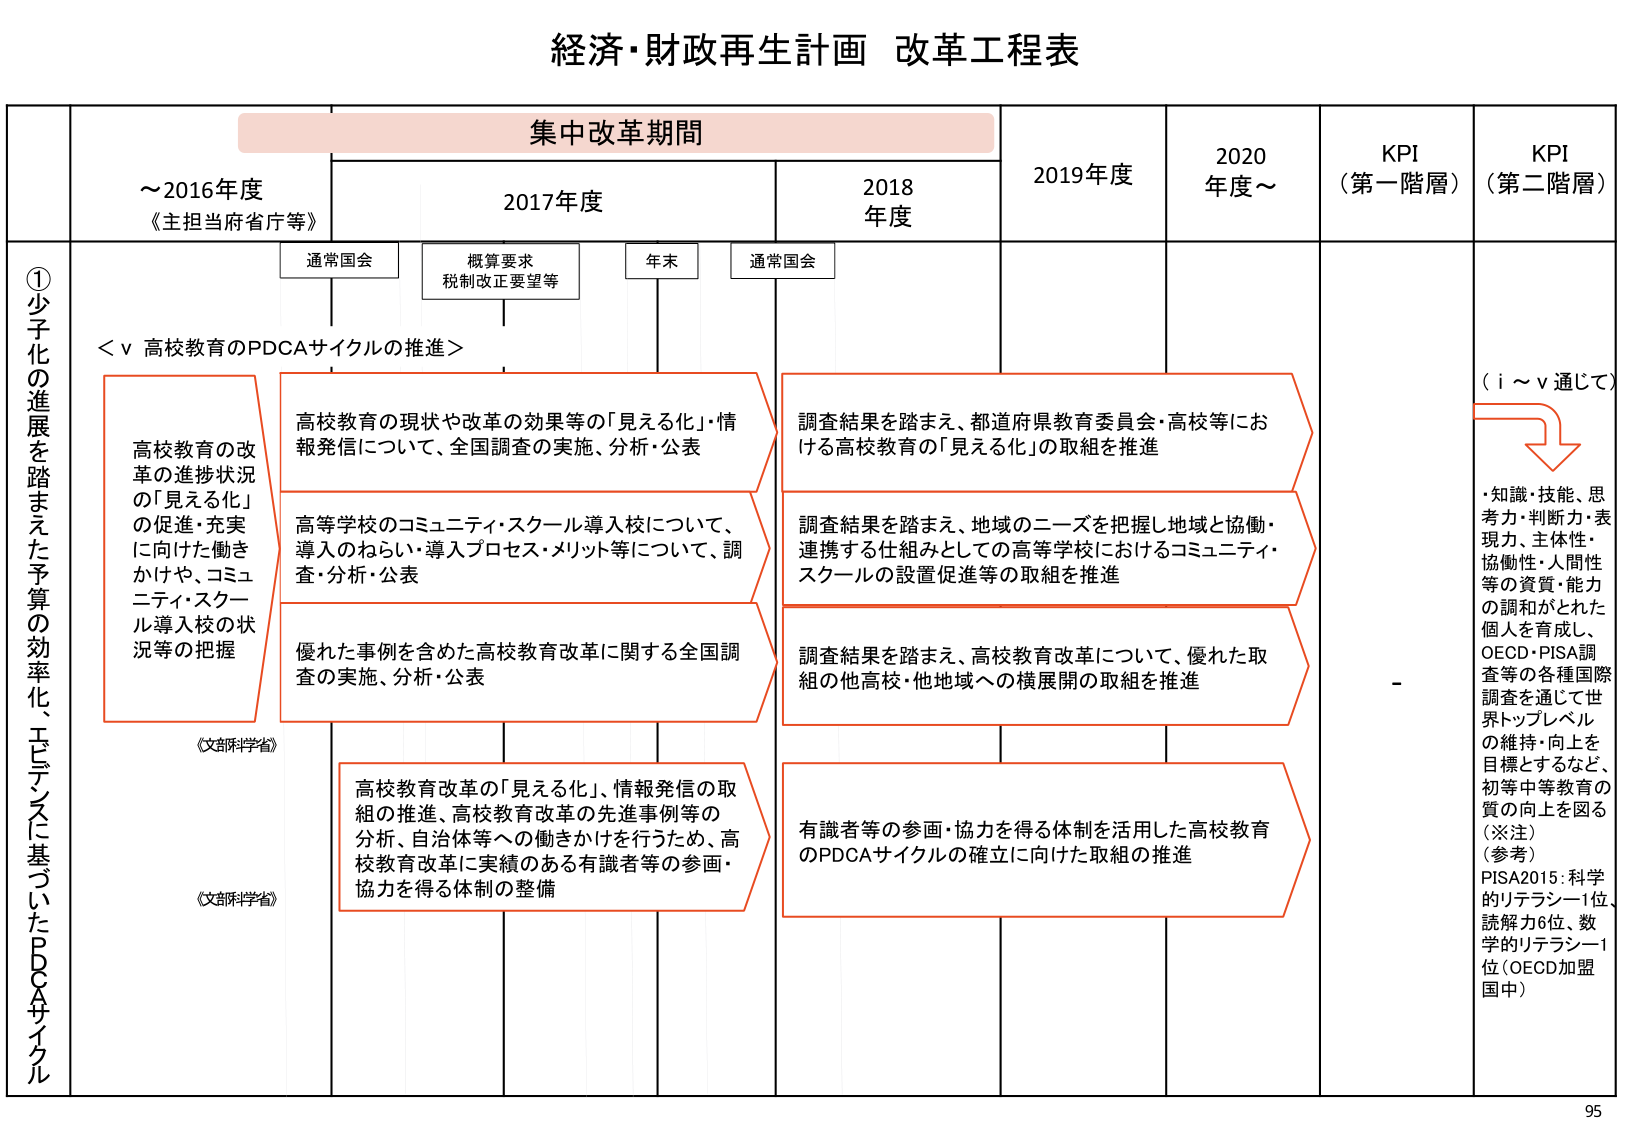
経済・財政再生計画 改革工程表

集中改革期間

～2016年度
《主担当府省庁等》

2017年度

2018年度

2019年度

2020年度～

KPI
（第一階層）

KPI
（第二階層）

通常国会

概算要求
税制改正要望等

年末

通常国会

①少子化の進展を踏まえた予算の効率化、エビデンスに基づいたPDCAサイクル

＜ⅴ 高校教育のPDCAサイクルの推進＞

高校教育の改革の進捗状況の「見える化」の促進・充実に向けた働きかけや、コミュニティ・スクール導入校の状況等の把握
《文部科学省》

高校教育の現状や改革の効果等の「見える化」・情報発信について、全国調査の実施、分析・公表

高等学校のコミュニティ・スクール導入校について、導入のねらい・導入プロセス・メリット等について、調査・分析・公表

優れた事例を含めた高校教育改革に関する全国調査の実施、分析・公表

高校教育改革の「見える化」、情報発信の取組の推進、高校教育改革の先進事例等の分析、自治体等への働きかけを行うため、高校教育改革に実績のある有識者等の参画・協力を得る体制の整備
《文部科学省》

調査結果を踏まえ、都道府県教育委員会・高校等における高校教育の「見える化」の取組を推進

調査結果を踏まえ、地域のニーズを把握し地域と協働・連携する仕組みとしての高等学校におけるコミュニティ・スクールの設置促進等の取組を推進

調査結果を踏まえ、高校教育改革について、優れた取組の他高校・他地域への横展開の取組を推進

有識者等の参画・協力を得る体制を活用した高校教育のPDCAサイクルの確立に向けた取組の推進

（ⅰ～ⅴ通じて）

・知識・技能、思考力・判断力・表現力、主体性・協働性・人間性等の資質・能力の調和がとれた個人を育成し、OECD・PISA調査等の各種国際調査を通じて世界トップレベルの維持・向上を目標とするなど、初等中等教育の質の向上を図る
（※注）
（参考）
PISA2015：科学的リテラシー1位、読解力6位、数学的リテラシー1位（OECD加盟国中）

95